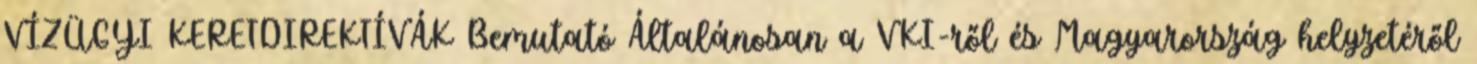
VÍZÜGYI KERETDIREKTÍVÁK Bemutató Általánosan a VKI-ről és Magyarország helyzetéről